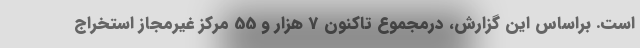
است. براساس این گزارش، درمجموع تاکنون 7 هزار و 55 مرکز غیرمجاز استخراج